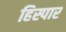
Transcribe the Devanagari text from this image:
हिस्पार